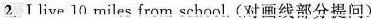
2 .Ⅰ live \underline{10 miles} from school. (对画线部分提问)